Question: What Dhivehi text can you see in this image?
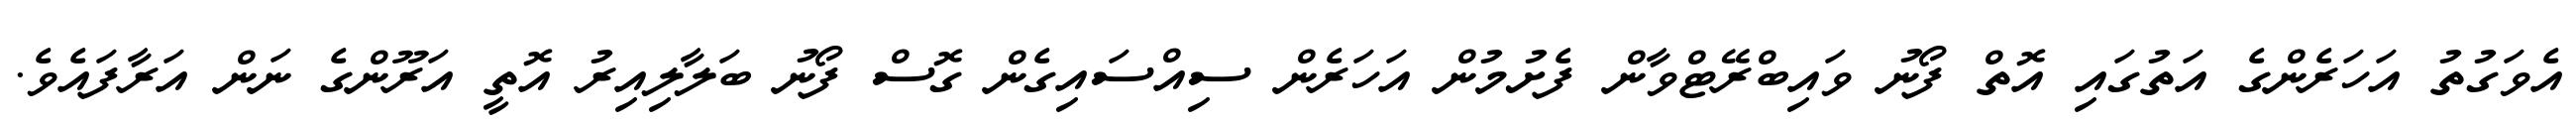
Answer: އެވަގުތު އަހަރެންގެ އަތުގައި އޮތް ފޯނު ވައިބްރޭޓްވާން ފެށުމުން އަހަރެން ސިއްސައިގެން ގޮސް ފޯނު ބަލާލިއިރު އޮތީ އަރޫންގެ ނަން އަރާފައެވެ.